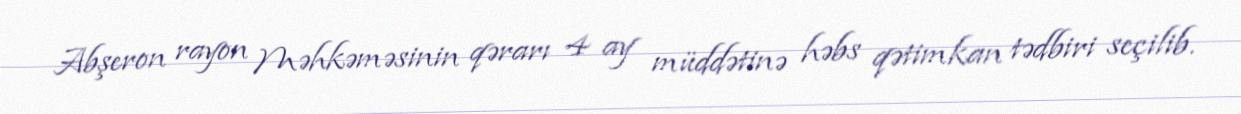
Abşeron rayon Məhkəməsinin qərarı 4 ay müddətinə həbs qətimkan tədbiri seçilib.